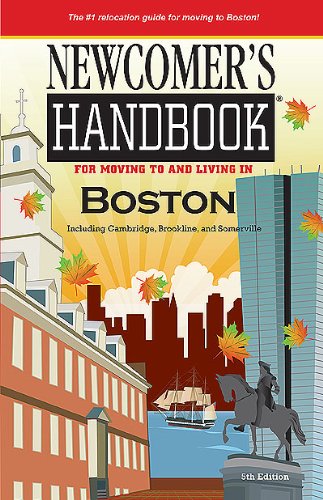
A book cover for Newcomer's Handbook For Moving to and Living in Boston: Including Cambridge, Brookline, and Somerville; Kyle Therese Cranston; Travel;